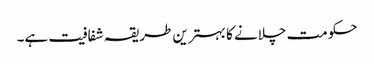
حکومت چلانے کا بہترین طریقہ شفافیت ہے۔